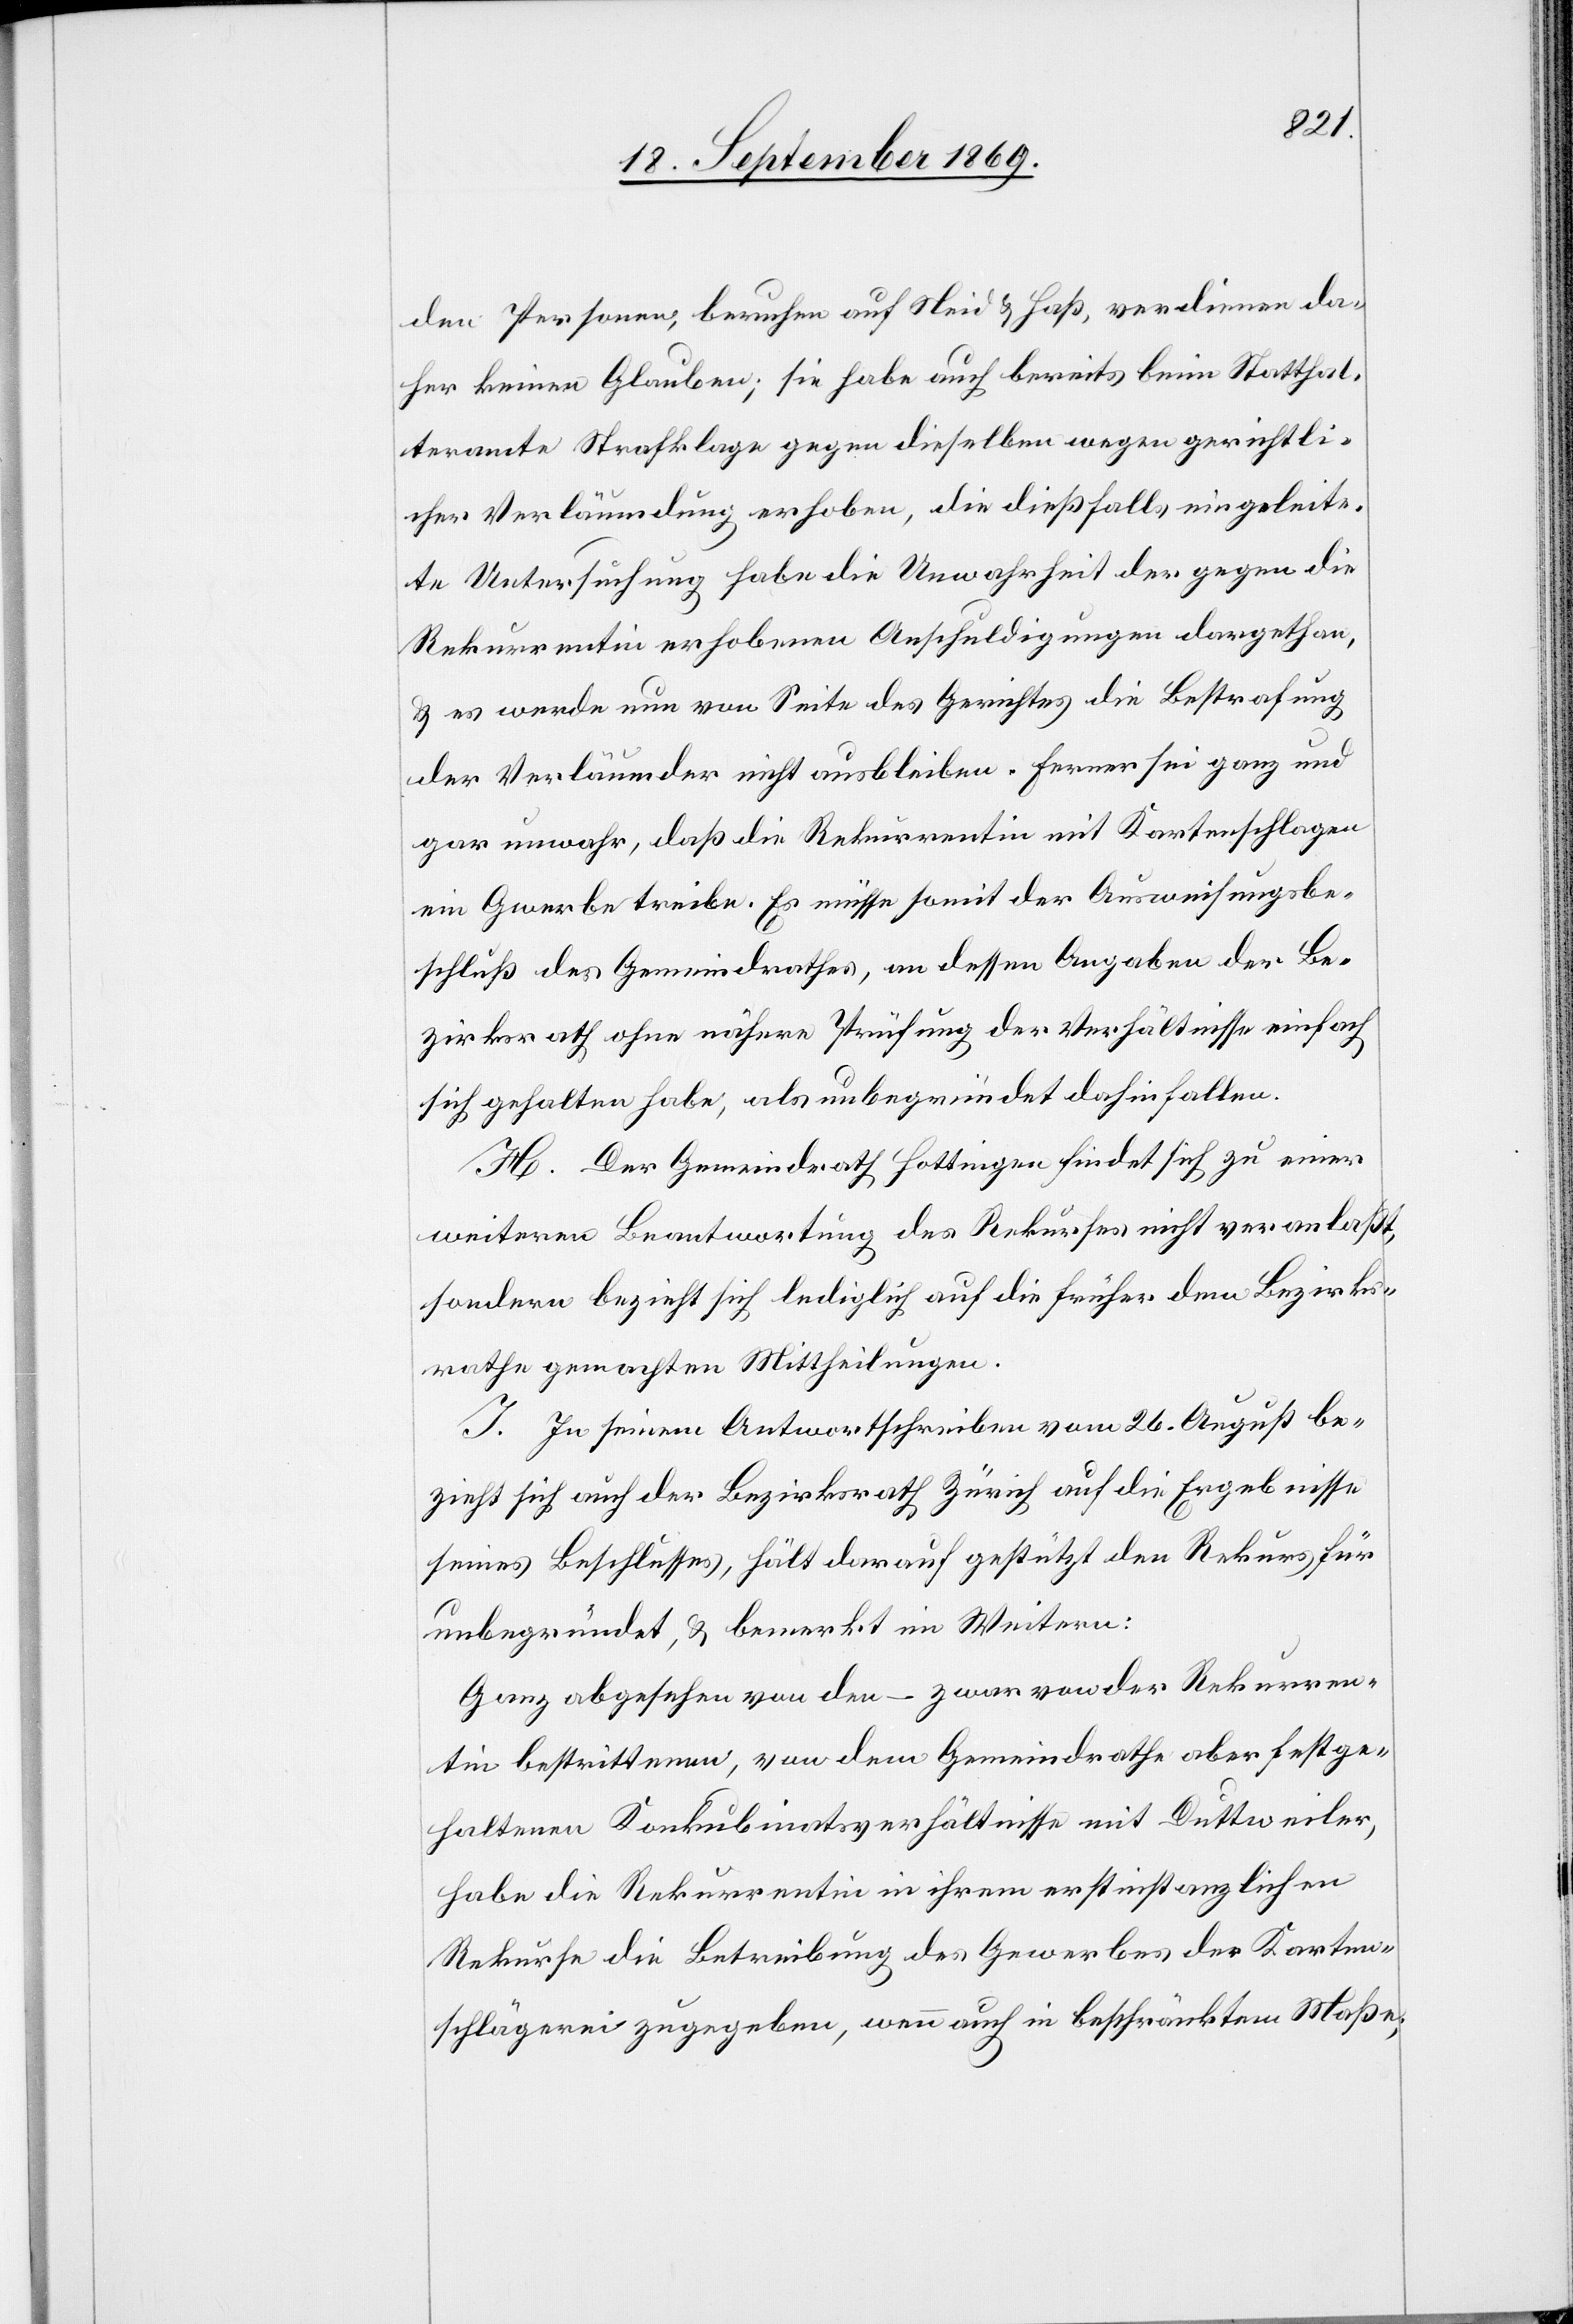
den Personen, beruhen auf Neid & Haß, verdienen da¬
her keinen Glauben; sie habe auch bereits beim Statthal¬
teramte Strafklage gegen dieselben wegen gerichtli¬
cher Verläumdung erhoben, die dießfalls eingeleite¬
te Untersuchung habe die Unwahrheit der gegen die
Rekurrentin erhobenen Anschuldigungen dargethan,
& es werde nun von Seite des Gerichtes die Bestrafung
der Verläumder nicht ausbleiben. Ferner sei ganz und
gar unwahr, daß die Rekurrentin mit Kartenschlagen
ein G[e]werbe treibe. Es müsse somit der Ausweisungsbe¬
schluß des Gemeindrathes, an dessen Angaben der Be¬
zirksrath ohne nähere Prüfung der Verhältnisse einfach
sich gehalten habe, als unbegründet dahinfallen.
H. Der Gemeindrath Hottingen findet sich zu einer
weiteren Beantwortung des Rekurses nicht veranlaßt,
sondern bezieht sich lediglich auf die früher dem Bezirks¬
rathe gemachten Mittheilungen.
I. In seinem Antwortschreiben vom 26. August be¬
zieht sich auch der Bezirksrath Zürich auf die Ergebnisse
seines Beschlusses, hält darauf gestützt den Rekurs für
unbegründet, & bemerkt im Weitern:
Ganz abgesehen von den – zwar von der Rekurren¬
tin bestrittenen, von dem Gemeindrathe aber festge¬
haltenen Konkubinatsverhältnisse [sic!] mit Duttweiler,
habe die Rekurrentin in ihrem erstinstanzlichen
Rekurse die Betreibung des Gewerbes der Karten¬
schlägerei zugegeben, wenn auch in beschränktem Maße;